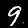
Label: 9